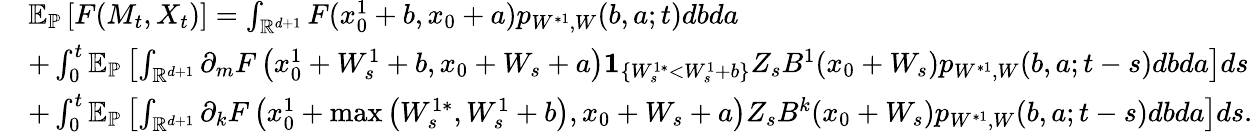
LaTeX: \begin{array}{rl}&{{\mathbb E}_{\mathbb{P}}\left[F(M_{t},X_{t})\right]=\int_{{\mathbb R}^{d+1}}F(x_{0}^{1}+b,x_{0}+a)p_{W^{*1},W}(b,a;t)dbda}\\ &{+\int_{0}^{t}{\mathbb E}_{\mathbb{P}}\left[\int_{{\mathbb R}^{d+1}}\partial_{m}F\left(x_{0}^{1}+W_{s}^{1}+b,x_{0}+W_{s}+a\right){\mathbf 1}_{\{ W_{s}^{1*}<W_{s}^{1}+b\} }Z_{s}B^{1}(x_{0}+W_{s})p_{W^{*1},W}(b,a;t-s)dbda\right]ds}\\ &{+\int_{0}^{t}{\mathbb E}_{\mathbb{P}}\left[\int_{{\mathbb R}^{d+1}}{\partial_{k}}F\left(x_{0}^{1}+\operatorname*{max}\left(W_{s}^{1*},W_{s}^{1}+b\right),x_{0}+W_{s}+a\right)Z_{s}B^{k}(x_{0}+W_{s})p_{W^{*1},W}(b,a;t-s)dbda\right]ds.}\end{array}